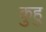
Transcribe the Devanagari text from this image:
कुहु